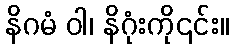
နိဂမံ ဝါ၊ နိဂုံးကို၎င်း။